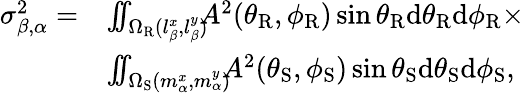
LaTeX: \begin{array}{rl}{\sigma_{\beta,\alpha}^{2}=}&{\int\! \! \! \int_{\Omega_{\mathrm{R}}(l_{\beta}^{x},l_{\beta}^{y})}\! \! \! A^{2}(\theta_{\mathrm{R}},\phi_{\mathrm{R}})\sin\theta_{\mathrm{R}}\mathrm{d}\theta_{\mathrm{R}}\mathrm{d}\phi_{\mathrm{R}}\times}\\ &{\int\! \! \! \int_{\Omega_{\mathrm{S}}(m_{\alpha}^{x},m_{\alpha}^{y})}\! \! \! A^{2}(\theta_{\mathrm{S}},\phi_{\mathrm{S}})\sin\theta_{\mathrm{S}}\mathrm{d}\theta_{\mathrm{S}}\mathrm{d}\phi_{\mathrm{S}},}\end{array}